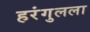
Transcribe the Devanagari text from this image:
हरंगुलला